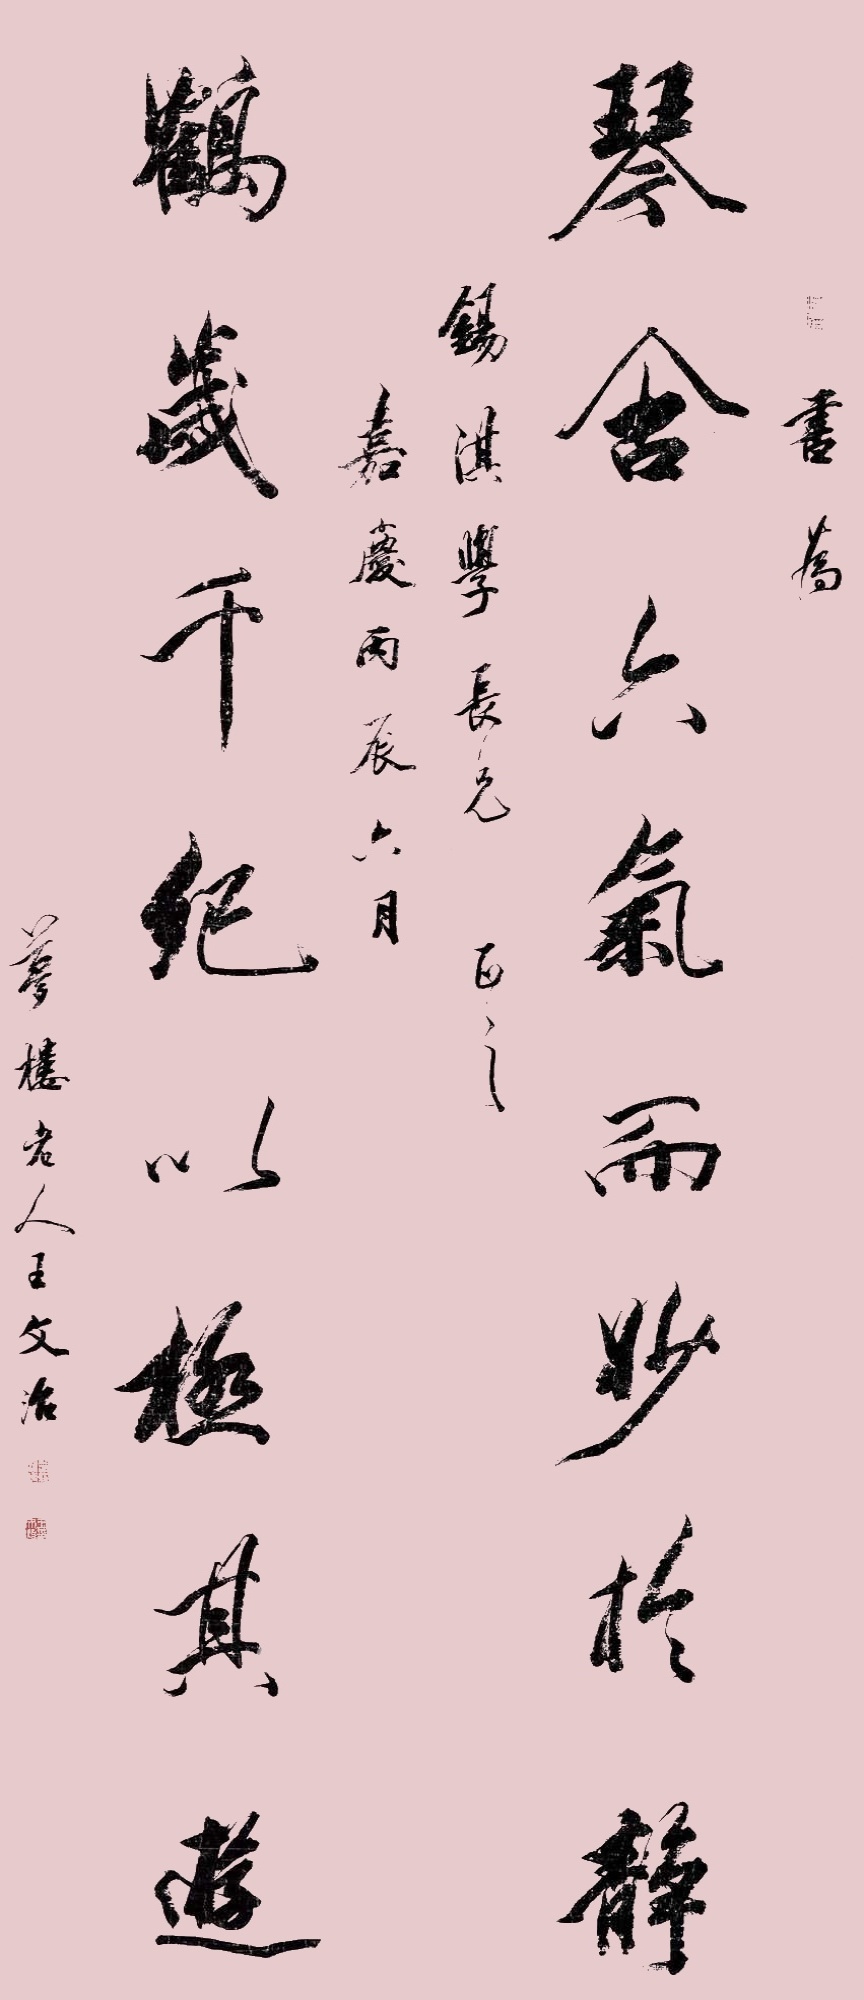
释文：琴含六气而妙于静，鹤岁千纪以极其游。书为锡淇学长兄正之。嘉庆丙辰六月，梦楼老人王文治。